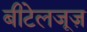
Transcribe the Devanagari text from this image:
बीटेलजूज़